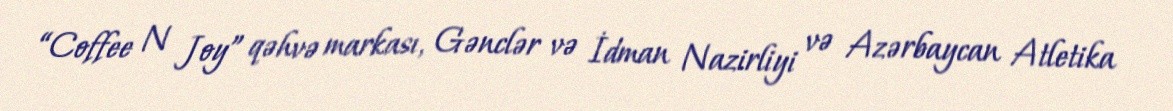
“Coffee N Joy” qəhvə markası, Gənclər və İdman Nazirliyi və Azərbaycan Atletika